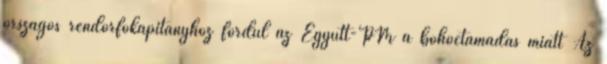
országos rendőrfőkapitányhoz fordul az Együtt-PM a bohóctámadás miatt Az